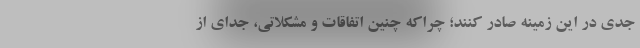
جدی در این زمینه صادر کنند؛ چراکه چنین اتفاقات و مشکلاتی، جدای از